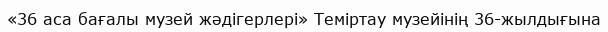
«36 аса бағалы музей жәдігерлері» Теміртау музейінің 36-жылдығына